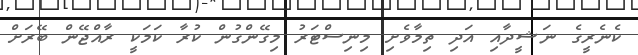
ކެނެރީގެ ނަޝީދާއި އަދި ތިމާވެށި މިނިސްޓަރު މިގޭންގުން ކުރާ ކަމަކީ ރާއްޖޭން ބޭރަށް